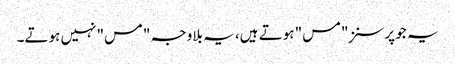
یہ جو پرسنز ِ"مس" ہوتے ہیں، یہ بلاوجہ "مس" نہیں ہوتے۔